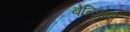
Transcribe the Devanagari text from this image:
बेन्जिनो